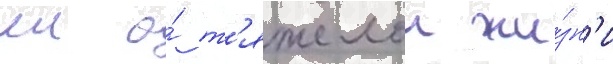
еи о́ т'яжелои жи́зн'и